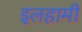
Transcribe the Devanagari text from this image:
इलहामी